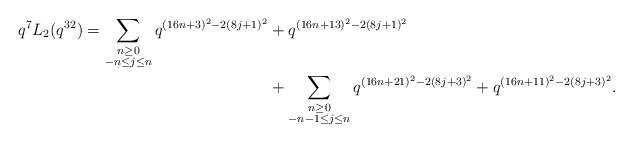
LaTeX: \begin{align*} \begin{aligned}q^{7} L_{2}(q^{32}) = \sum_{\substack{n \geq 0 \\ -n \leq j \leq n}} q^{(16n+3)^2 - 2(8j+1)^2} & + q^{(16n+13)^2 - 2(8j+1)^2} \\& + \sum_{\substack{n \geq 0 \\ -n-1 \leq j \leq n}} q^{(16n+21)^2 - 2(8j+3)^2} + q^{(16n+11)^2 - 2(8j+3)^2}.\end{aligned}\end{align*}